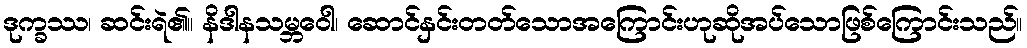
ဒုက္ခဿ၊ ဆင်းရဲ၏။ နိဒါနသမ္ဘဝေါ၊ ဆောင်နှင်းတတ်သောအကြောင်းဟုဆိုအပ်သောဖြစ်ကြောင်းသည်။